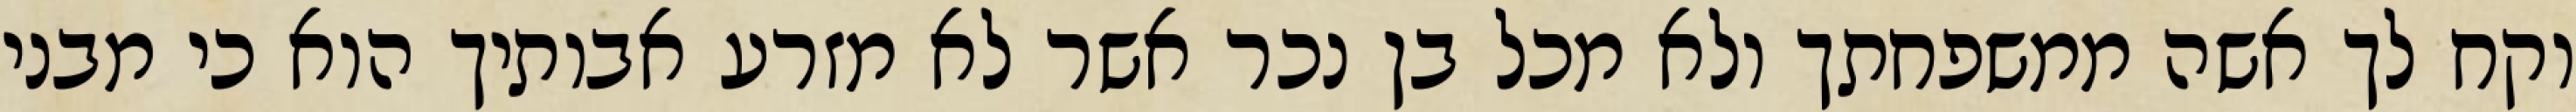
וקח לך אשה ממשפחתך ולא מכל בן נכר אשר לא מזרע אבותיך הוא כי מבני